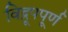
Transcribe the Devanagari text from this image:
विद्रूपपूर्ण